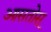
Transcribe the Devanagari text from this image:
आसतोस्